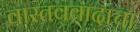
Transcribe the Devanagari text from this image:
वास्तववादाचा